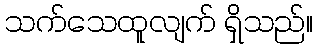
သက်သေထူလျက် ရှိသည်။